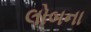
લોબના